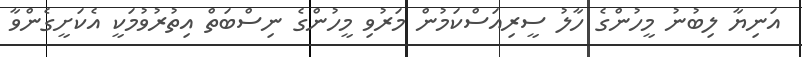
އަނިޔާ ލިބުނު މީހުންގެ ހާލު ސީރިއަސްކަމުން މަރުވި މީހުންގެ ނިސްބަތް އިތުރުވުމަކީ އެކަށީގެންވާ